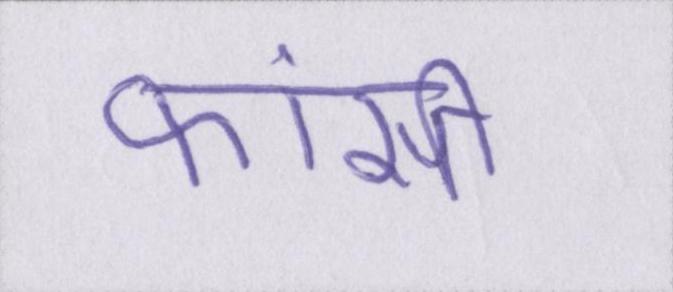
फांसी